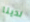
لدينا